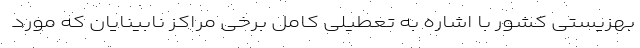
بهزیستی کشور با اشاره به تعطیلی کامل برخی مراکز نابینایان که مورد